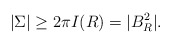
\begin{align*}|\Sigma| \geq 2\pi I(R) = | B^2_R|.\end{align*}